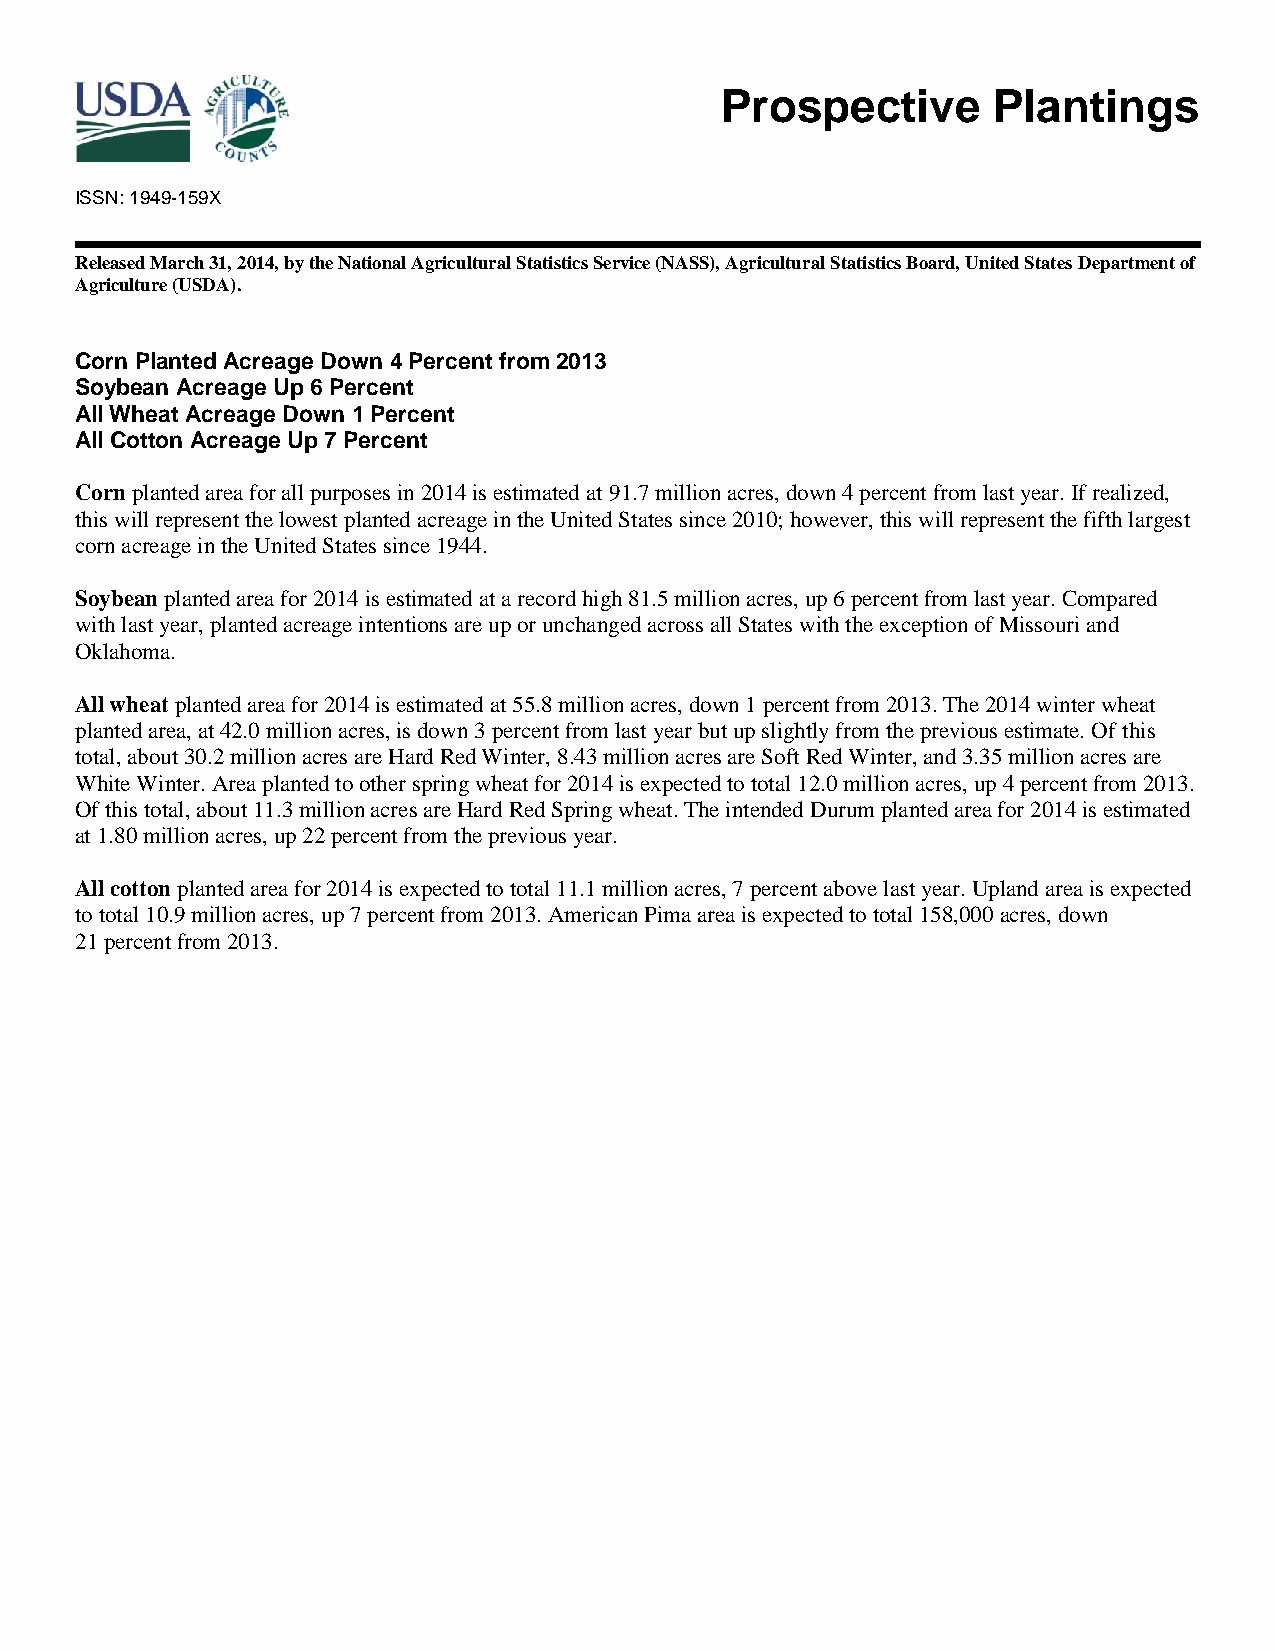
Prospective       Plantings
 ISSN: 1949-159X
 Released March 31, 2014, by the National Agricultural Statistics Service (NASS), Agricultural Statistics Board, United States Department of
 Agriculture (USDA).
 Corn Planted Acreage Down 4 Percent from 2013
 Soybean Acreage Up 6 Percent
 All Wheat Acreage Down 1 Percent
 All Cotton Acreage Up 7 Percent
 Corn planted area for all purposes in 2014 is estimated at 91.7 million acres, down 4 percent from last year. If realized,
 this will represent the lowest planted acreage in the United States since 2010; however, this will represent the fifth largest
 corn acreage in the United States since 1944.
 Soybean planted area for 2014 is estimated at a record high 81.5 million acres, up 6 percent from last year. Compared
 with last year, planted acreage intentions are up or unchanged across all States with the exception of Missouri and
 Oklahoma.
 All wheat planted area for 2014 is estimated at 55.8 million acres, down 1 percent from 2013. The 2014 winter wheat
 planted area, at 42.0 million acres, is down 3 percent from last year but up slightly from the previous estimate. Of this
 total, about 30.2 million acres are Hard Red Winter, 8.43 million acres are Soft Red Winter, and 3.35 million acres are
 White Winter. Area planted to other spring wheat for 2014 is expected to total 12.0 million acres, up 4 percent from 2013.
 Of this total, about 11.3 million acres are Hard Red Spring wheat. The intended Durum planted area for 2014 is estimated
 at 1.80 million acres, up 22 percent from the previous year.
 All cotton planted area for 2014 is expected to total 11.1 million acres, 7 percent above last year. Upland area is expected
 to total 10.9 million acres, up 7 percent from 2013. American Pima area is expected to total 158,000 acres, down
 21 percent from 2013.